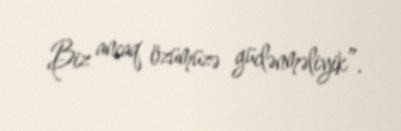
Biz ancaq özümüzə güclənməliyik”.